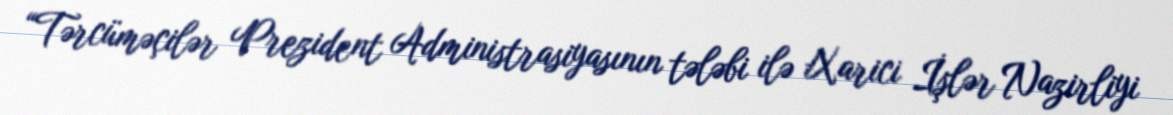
“Tərcüməçilər Prezident Administrasiyasının tələbi ilə Xarici İşlər Nazirliyi